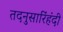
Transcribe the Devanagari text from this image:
तदनुसारिंहंदी